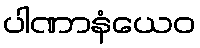
ပါဏာနံယေဝ